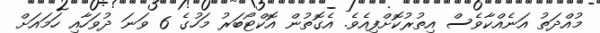
މުއްދަތު އަނެއްކާވެސް އިތުރުކޮށްފިއެވެ. އެގޮތުން އޮކްޓޯބަރު މަހުގެ 6 ވަނަ ދުވަހާއި ހަމައަށް